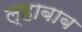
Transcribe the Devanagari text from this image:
ल्हाबाब